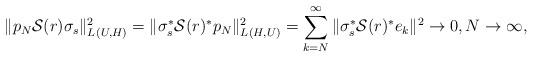
LaTeX: \begin{align*} \|p_N\mathcal S(r)\sigma_{s}\|_{L_{}(U,H)}^2=\|\sigma_{s}^*\mathcal S(r)^*p_N\|_{L_{}(H,U)}^2= \sum_{k=N}^{\infty} \|\sigma_{s}^*\mathcal S(r)^*e_k\|^2\to 0,N\to\infty,\end{align*}